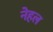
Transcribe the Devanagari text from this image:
नेहल